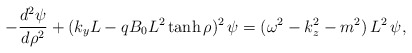
\begin{align*}-{d^2\psi\over d\rho^2}+(k_y L-q B_0 L^2 \tanh\rho)^2\, \psi=(\omega^2-k_z^2-m^2)\,L^2\,\psi,\end{align*}